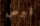
قبرص